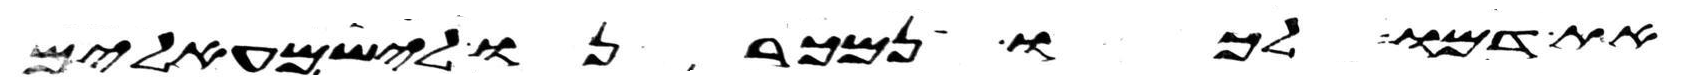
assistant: את דמו לכו נמכרנו לישמעאלים